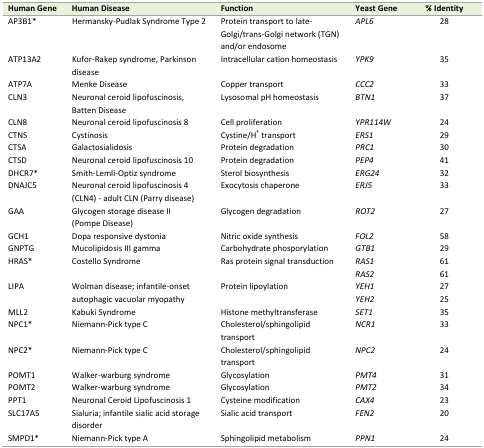
<table><thead><tr><td><b>Human Gene</b></td><td><b>Human Disease</b></td><td><b>Function</b></td><td><b>Yeast Gene</b></td><td><b>% Identity</b></td></tr></thead><tbody><tr><td>AP3B1*</td><td>Hermansky-Pudlak Syndrome Type 2</td><td>Protein transport to late-Golgi/trans-Golgi network (TGN) and/or endosome</td><td><i>APL6</i></td><td>28</td></tr><tr><td>ATP13A2</td><td>Kufor-Rakep syndrome, Parkinson disease</td><td>Intracellular cation homeostasis</td><td><i>YPK9</i></td><td>35</td></tr><tr><td>ATP7A</td><td>Menke Disease</td><td>Copper transport</td><td><i>CCC2</i></td><td>33</td></tr><tr><td>CLN3</td><td>Neuronal ceroid lipofuscinosis, Batten Disease</td><td>Lysosomal pH homeostasis</td><td><i>BTN1</i></td><td>37</td></tr><tr><td>CLN8</td><td>Neuronal ceroid lipofuscinosis 8</td><td>Cell proliferation</td><td><i>YPR114W</i></td><td>24</td></tr><tr><td>CTNS</td><td>Cystinosis</td><td>Cystine/H<sup>+</sup> transport</td><td><i>ERS1</i></td><td>29</td></tr><tr><td>CTSA</td><td>Galactosialidosis</td><td>Protein degradation</td><td><i>PRC1</i></td><td>30</td></tr><tr><td>CTSD</td><td>Neuronal ceroid lipofuscinosis 10</td><td>Protein degradation</td><td><i>PEP4</i></td><td>41</td></tr><tr><td>DHCR7*</td><td>Smith-Lemli-Optiz syndrome</td><td>Sterol biosynthesis</td><td><i>ERG24</i></td><td>32</td></tr><tr><td>DNAJC5</td><td>Neuronal ceroid lipofuscinosis 4 (CLN4) - adult CLN (Parry disease)</td><td>Exocytosis chaperone</td><td><i>ERJ5</i></td><td>33</td></tr><tr><td>GAA</td><td>Glycogen storage disease II (Pompe Disease)</td><td>Glycogen degradation</td><td><i>ROT2</i></td><td>27</td></tr><tr><td>GCH1</td><td>Dopa responsive dystonia</td><td>Nitric oxide synthesis</td><td><i>FOL2</i></td><td>58</td></tr><tr><td>GNPTG</td><td>Mucolipidosis III gamma</td><td>Carbohydrate phosporylation</td><td><i>GTB1</i></td><td>29</td></tr><tr><td>HRAS*</td><td>Costello Syndrome</td><td>Ras protein signal transduction</td><td><i>RAS1</i><i>RAS2</i></td><td>6161</td></tr><tr><td>LIPA</td><td>Wolman disease; infantile-onset autophagic vacuolar myopathy</td><td>Protein lipoylation</td><td><i>YEH1</i><i>YEH2</i></td><td>2725</td></tr><tr><td>MLL2</td><td>Kabuki Syndrome</td><td>Histone methyltransferase</td><td><i>SET1</i></td><td>35</td></tr><tr><td>NPC1*</td><td>Niemann-Pick type C</td><td>Cholesterol/sphingolipid transport</td><td><i>NCR1</i></td><td>33</td></tr><tr><td>NPC2*</td><td>Niemann-Pick type C</td><td>Cholesterol/sphingolipid transport</td><td><i>NPC2</i></td><td>24</td></tr><tr><td>POMT1</td><td>Walker-warburg syndrome</td><td>Glycosylation</td><td><i>PMT4</i></td><td>31</td></tr><tr><td>POMT2</td><td>Walker-warburg syndrome</td><td>Glycosylation</td><td><i>PMT2</i></td><td>34</td></tr><tr><td>PPT1</td><td>Neuronal Ceroid Lipofuscinosis 1</td><td>Cysteine modification</td><td><i>CAX4</i></td><td>23</td></tr><tr><td>SLC17A5</td><td>Sialuria; infantile sialic acid storage disorder</td><td>Sialic acid transport</td><td><i>FEN2</i></td><td>20</td></tr><tr><td>SMPD1*</td><td>Niemann-Pick type A</td><td>Sphingolipid metabolism</td><td><i>PPN1</i></td><td>24</td></tr></tbody></table>